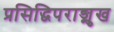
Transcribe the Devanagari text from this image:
प्रसिद्धिपराङ्मुख